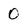
Character: 0